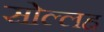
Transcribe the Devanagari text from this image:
सोल्लह